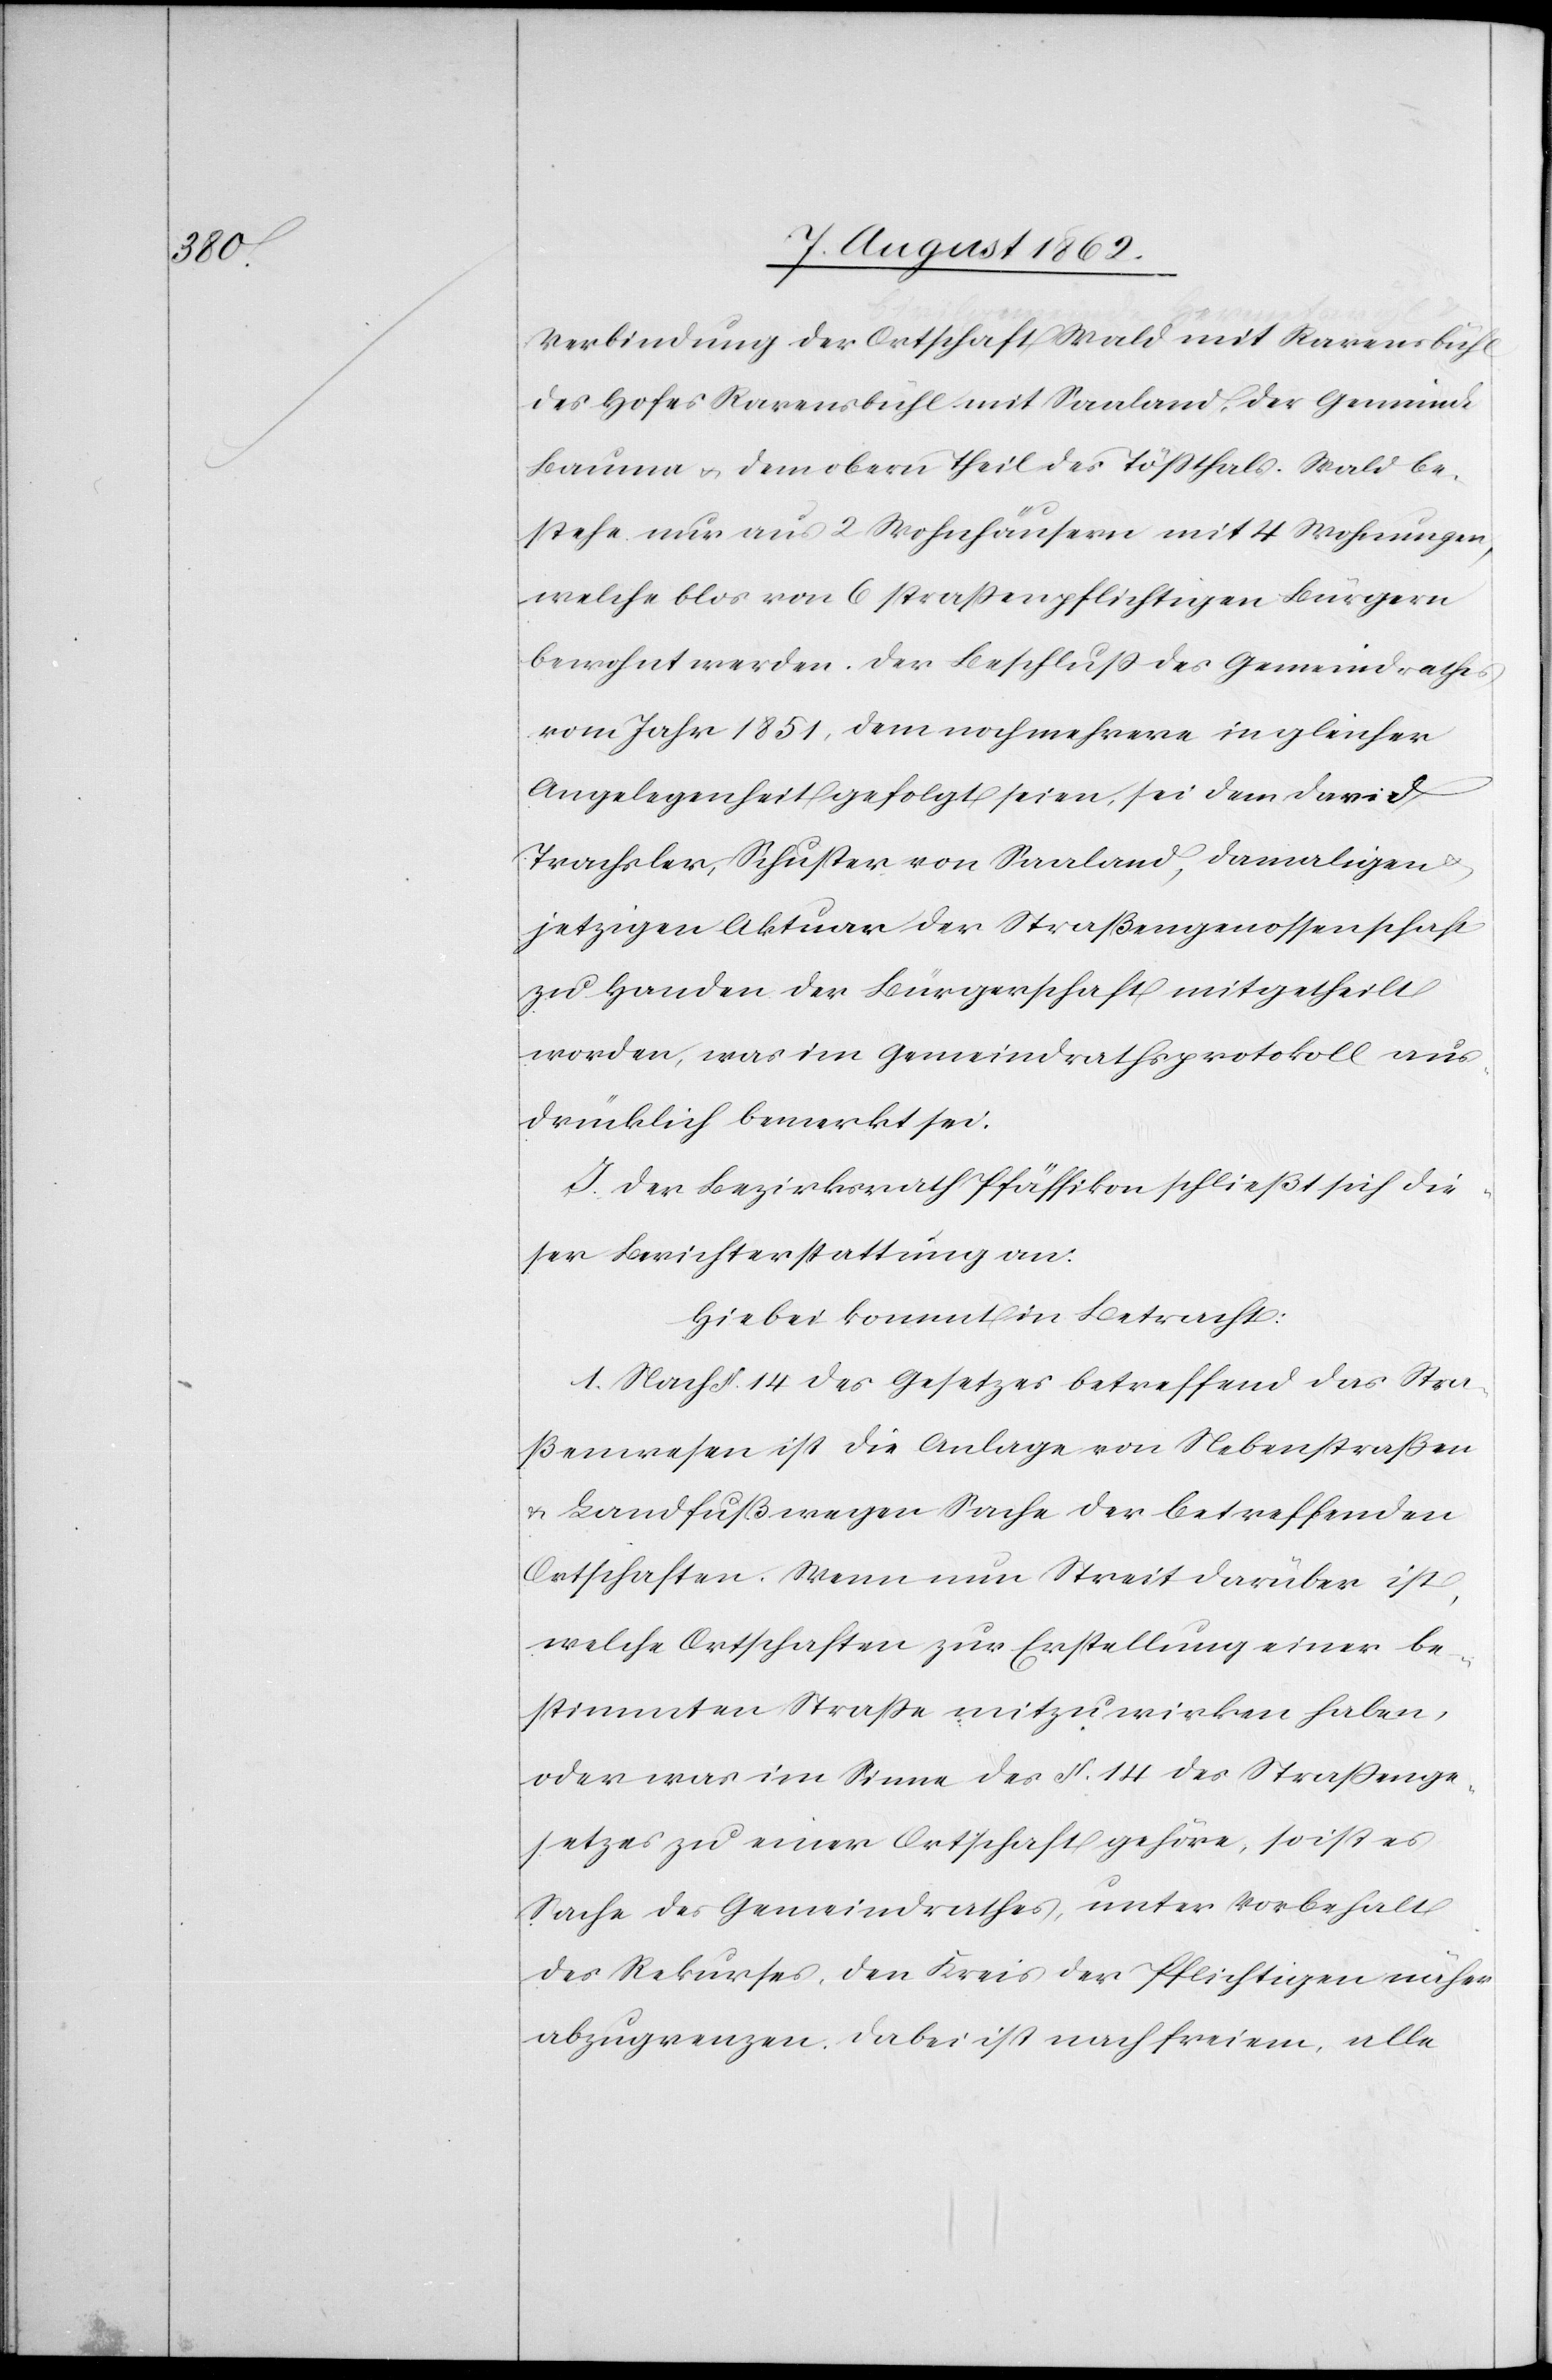
Verbindung der Ortschaft Wald mit Ravensbühl,
des Hofes Ravensbühl mit Saaland, der Gemeinde
Bauma u. dem obern Theil des Tößthals. Wald be¬
stehe nur aus 2 Wohnhäusern mit 14 Wohnungen,
welche blos von 6 straßenpflichtigen Bürgern
bewohnt werden. Der Beschluß des Gemeindrathes
vom Jahr 1851, dem noch mehrere in gleicher
Angelegenheit gepflogt seien, sei dem David
Trachsler, Schuster von Saaland, damaligen
jetzigen Aktuar der Straßengenossenschaft
zu Handen der Bürgerschaft mitgetheilt
worden, was im Gemeindrathsprotokoll aus¬
drücklich bemerkt sei.
J. Der Bezirksrath Pfäffikon schließt sich die¬
ser Berichterstattung an.
Hiebei kommt in Betracht:
1. Nach §. 14 des Gesetzes betreffend das Stra¬
ßenwesen ist die Anlage von Nebenstraßen
u. Landfußwegen Sache der betreffenden
Ortschaften. Wenn nun Streit darüber ist,
welche Ortschaften zur Erstellung einer be¬
stimmten Straße mitzuwirken haben,
oder was im Sinne des §. 14 des Straßenge¬
setzes zu einer Ortschaft gehöre, so ist es
Sache des Gemeindrathes, unter Vorbehalt
des Rekurses, den Kreis der Pflichtigen näher
abzugrenzen. Dabei ist nach freiem, alle